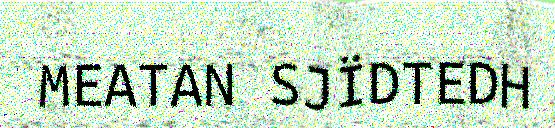
MEATAN SJÏDTEDH